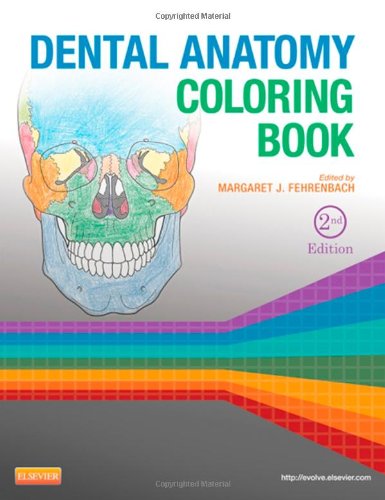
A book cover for Dental Anatomy Coloring Book, 2e; Medical Books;